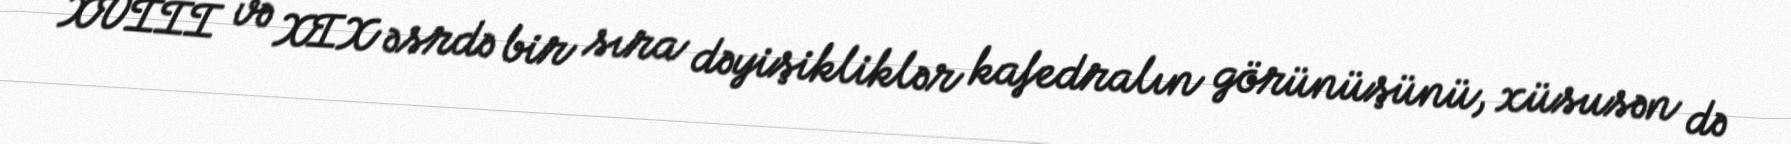
XVIII və XIX əsrdə bir sıra dəyişikliklər kafedralın görünüşünü, xüsusən də